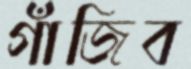
গাঁজিব